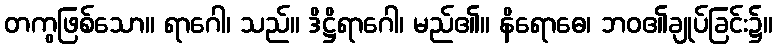
တကွဖြစ်သော။ ရာဂေါ၊ သည်။ ဒိဋ္ဌိရာဂေါ၊ မည်၏။ နိရောဓေ၊ ဘဝ၏ချုပ်ခြင်း၌။